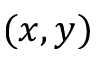
( x , y )